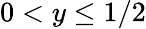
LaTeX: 0<y\leq 1/2